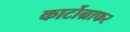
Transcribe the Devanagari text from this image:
कार्टोग्राफर